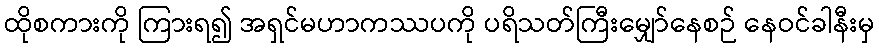
ထိုစကားကို ကြားရ၍ အရှင်မဟာကဿပကို ပရိသတ်ကြီးမျှော်နေစဉ် နေဝင်ခါနီးမှ